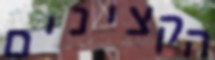
הקצינים